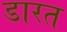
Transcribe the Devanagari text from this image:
डारत